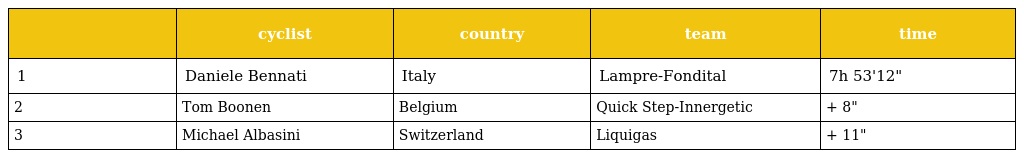
|  | cyclist | country | team | time |
 | --- | --- | --- | --- | --- |
 | 1 | Daniele Bennati | Italy | Lampre-Fondital | 7h 53'12" |
 | 2 | Tom Boonen | Belgium | Quick Step-Innergetic | + 8" |
 | 3 | Michael Albasini | Switzerland | Liquigas | + 11" |